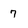
Character: 7